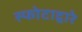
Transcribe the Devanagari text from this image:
स्फोटाद्वारे